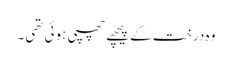
وہ درخت کے پیچھے چھپی ہوئی تھی۔